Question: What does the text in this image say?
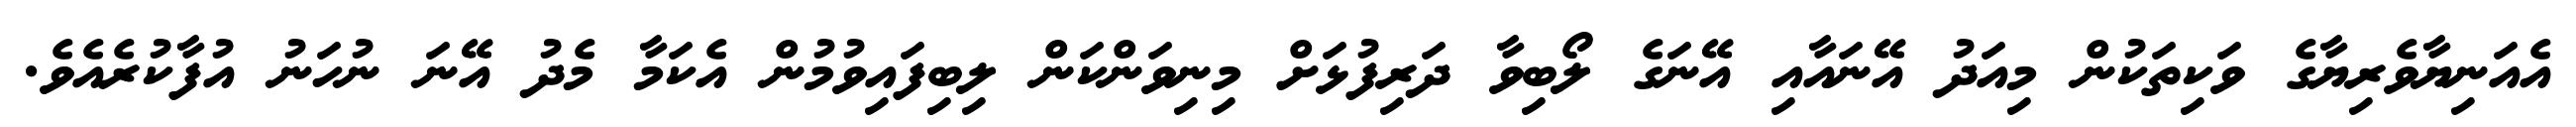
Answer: އެއަނިޔާވެރިޔާގެ ވަކިތަކުން މިއަދު އޭނައާއި އޭނަގެ ލޯބިވާ ދަރިފުޅަށް މިނިވަންކަން ލިބިފައިވުމުން އެކަމާ މެދު އޭނަ ނުހަނު އުފާކުރެއެވެ.